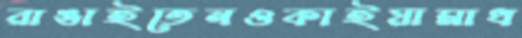
রাঙাইতেনওকাইয়ামাধ